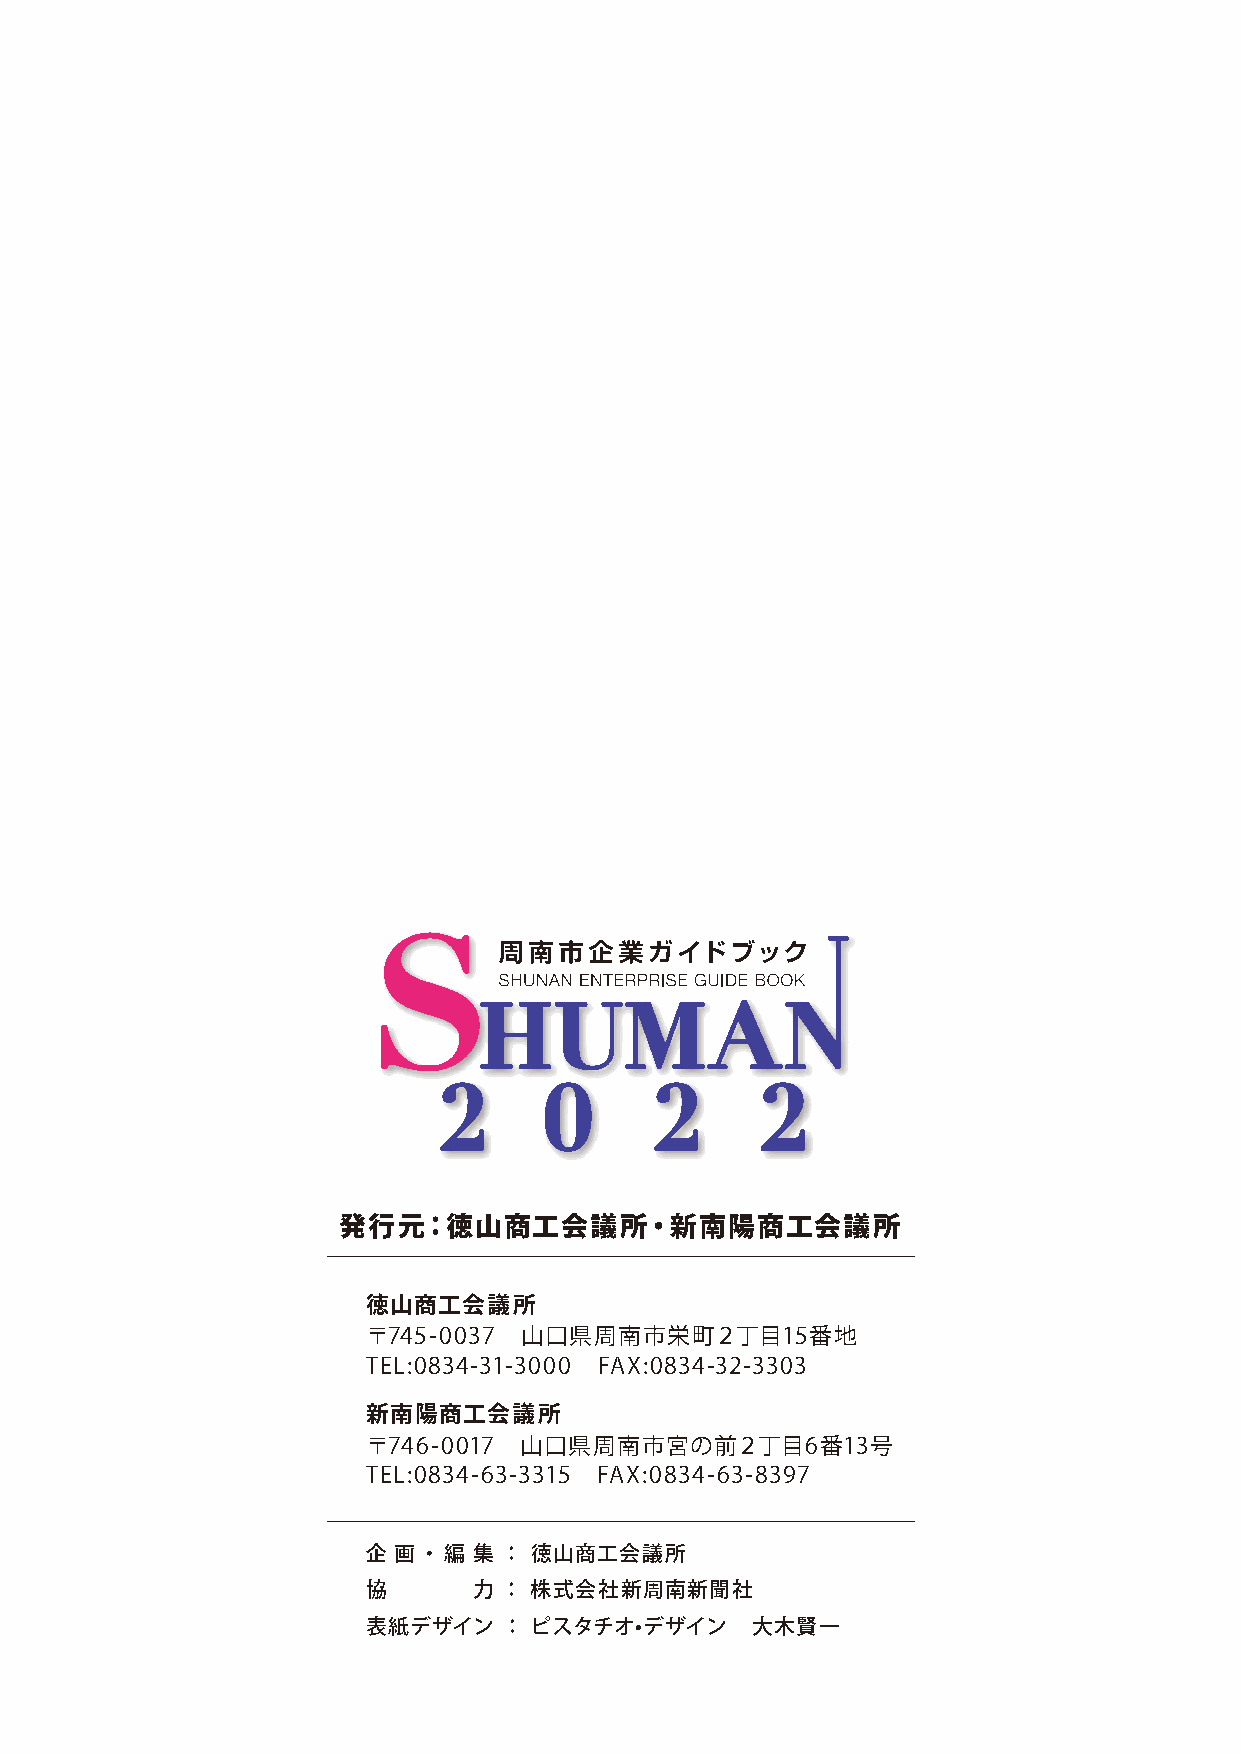
発行元：徳山商工会議所・新南陽商工会議所
 徳山商工会議所
 〒745-0037 山口県周南市栄町２丁目15番地
 TEL:0834-31-3000 FAX:0834-32-3303
 新南陽商工会議所
 〒746-0017 山口県周南市宮の前２丁目6番13号
 TEL:0834-63-3315 FAX:0834-63-8397
 企 画・編  集 ： 徳山商工会議所
 協      力 ： 株式会社新周南新聞社
 表紙デザイン   ： ピスタチオ•デザイン     大木賢一